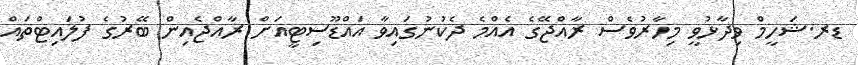
ޑރ.ޝަހީމް ވިދާޅުވީ މިހާރުވެސް ރާއްޖޭގެ އެއްމެ ދެކުނުގައިވާ އައްޑޫސިޓީއަށް ރާއްޖެއިން ބޭރުގެ ފުލައިޓްތައް